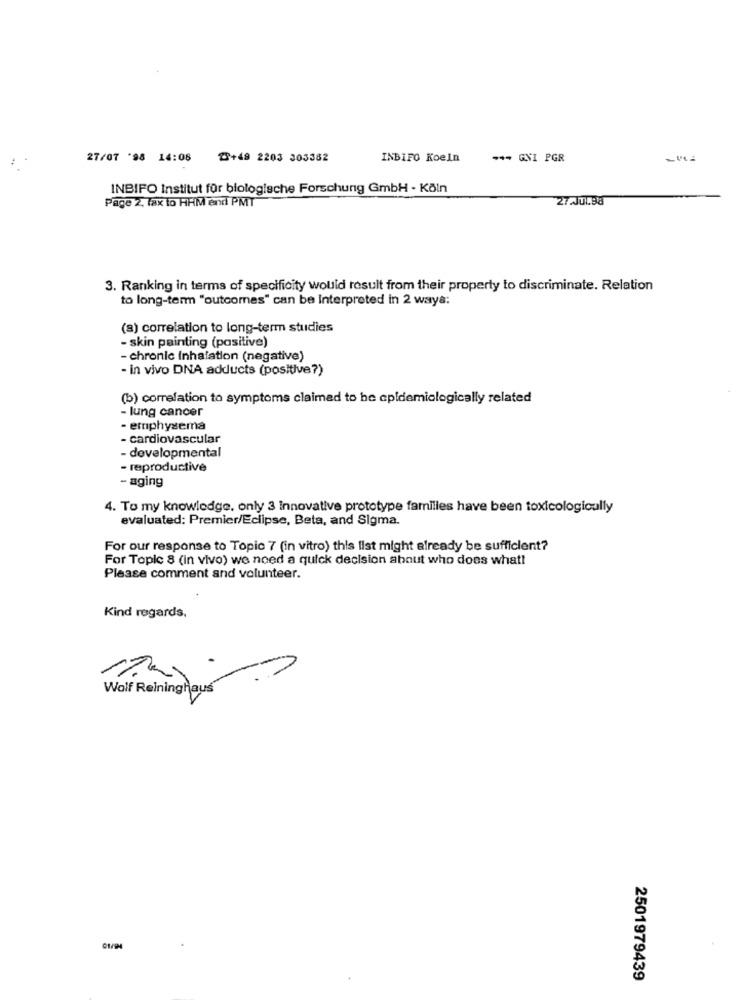
27/07 '98 14:08 23+49 2203 303382
INBIFO Koeln
-- GNI PGR
INBIFO Institut für biologische Forschung GmbH - Köln
Page 2, fax to HHM end PMT
27.J0.98
3. Ranking in terms of specificity would result from their property to discriminate. Relation
to long-term "outcomes" can be Interpreted in 2 ways:
(a) correlation to long-term studies
- skin painting (pasitive)
- chronic inhalation (negative)
- in vivo DNA adducts (positive?)
(b) correlation to symptoms claimed to he epidemiologically related
- lung cancer
- emphysema
- cardiovascular
- developmental
- reproductive
- aging
4. To my knowledge, only 3 innovative prototype families have been toxicologically
evaluated: Premier/Eclipse, Beta, and Sigma.
For our response to Topic 7 (in vitro) this list might already be sufficient?
For Topic 8 (in vivo) we need a quick decision about who does what!
Please comment and volunteer.
Kind regards,
Wolf Reininghaus
2501979439